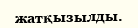
жатқызылды.